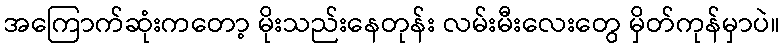
အကြောက်ဆုံးကတော့ မိုးသည်းနေတုန်း လမ်းမီးလေးတွေ မှိတ်ကုန်မှာပဲ။